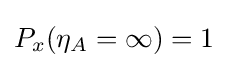
P_{x}(\eta _{A}=\infty )=1